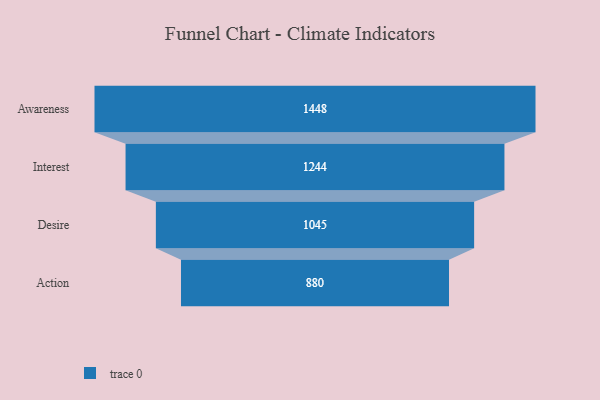
{"axis": {"x": "Stage", "y": "Value"}, "legend": [""], "data": [{"x": "Awareness", "y": 1448.0, "type": ""}, {"x": "Interest", "y": 1244.0, "type": ""}, {"x": "Desire", "y": 1045.0, "type": ""}, {"x": "Action", "y": 880.0, "type": ""}]}